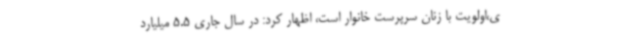
ی،اولویت با زنان سرپرست خانوار است، اظهار کرد: در سال جاری 5.5 میلیارد